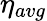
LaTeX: \eta_{avg}